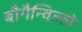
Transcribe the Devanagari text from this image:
बौगैन्विल्ले